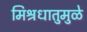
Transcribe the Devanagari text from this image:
मिश्रधातुमुळे